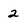
Character: 2